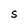
Character: S